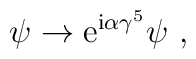
\psi \to {\rm e}^{{\rm i}\alpha \gamma^5} \psi \ ,